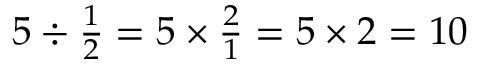
\textstyle { 5 \div { \frac { 1 } { 2 } } = 5 \times { \frac { 2 } { 1 } } = 5 \times 2 = 1 0 }